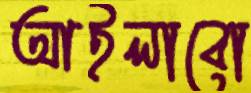
আইলাবো